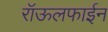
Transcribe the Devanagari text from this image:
रॉऊलफाईन